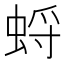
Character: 蛶